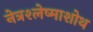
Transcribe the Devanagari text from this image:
नेत्रश्लेष्माशोथ